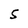
Character: 5